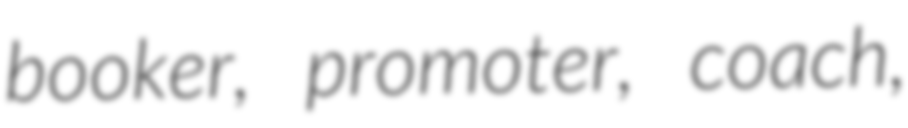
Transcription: booker, promoter, coach,